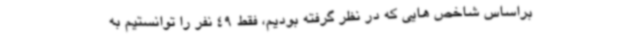
براساس شاخص هایی که در نظر گرفته بودیم، فقط 49 نفر را توانستیم به